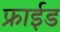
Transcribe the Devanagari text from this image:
फ्राईड